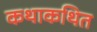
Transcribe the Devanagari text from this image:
कथाकथित